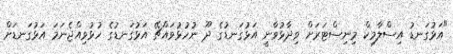
"އަޅުގަނޑު އިސްލާމިކް މިނިސްޓަރަށް ވިދާޅުވާނީ އަޅުގަނޑުގެ ދޫ ނުހުޅުވައްޗޭ އަޅުގަނޑުގެ ހުޅުވިއްޖެނަމަ އަޅުގަނޑަށް